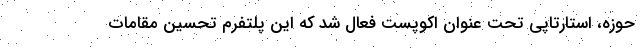
حوزه، استارتاپی تحت عنوان اکوپست فعال شد که این پلتفرم تحسین مقامات